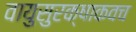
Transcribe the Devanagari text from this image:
वायुसुरक्षाकवच